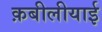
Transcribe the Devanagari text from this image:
क़बीलीयाई